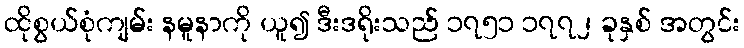
ထိုစွယ်စုံကျမ်း နမူနာကို ယူ၍ ဒီးဒရိုးသည် ၁၇၅၁ ၁၇၇၂ ခုနှစ် အတွင်း